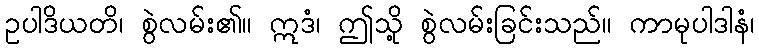
ဥပါဒိယတိ၊ စွဲလမ်း၏။ ဣဒံ၊ ဤသို့ စွဲလမ်းခြင်းသည်။ ကာမုပါဒါနံ၊